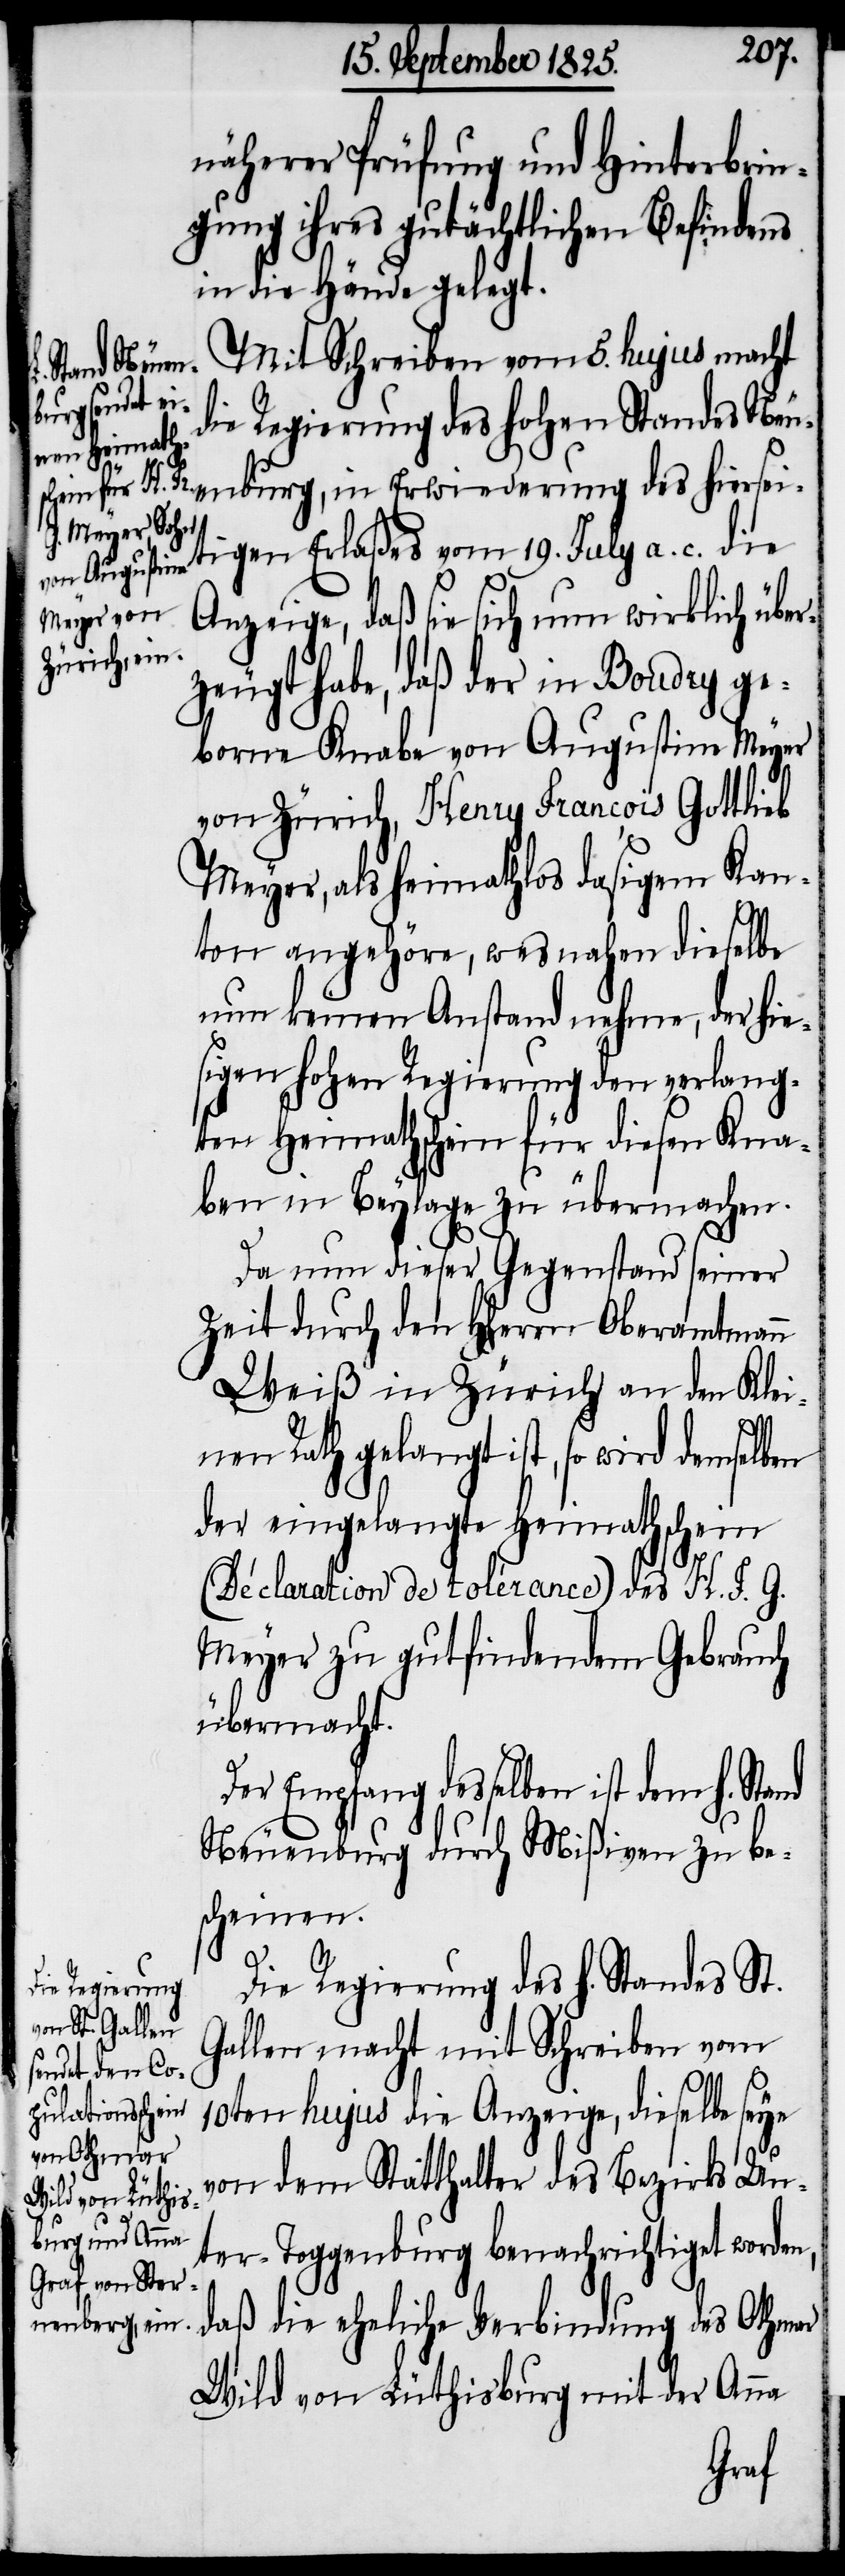
näherer Prüfung und Hinterbrin¬
gung ihres gutächtlichen Befindens
in die Hände gelegt.
Mit Schreiben vom 5. hujus macht
die Regierung des hohen Standes Neu¬
enburg, in Erwiederung des hiersei¬
tigen Erlaßes vom 19. July a. c. die
Anzeige, daß sie sich nun wirklich über¬
zeugt habe, daß der in Boudry ge¬
borne Knabe von Augustin Meyer
von Zürich, Henry Francois Gottlieb
Meyer, als heimathlos dasigem Kan¬
ton angehöre, wesnahen dieselbe
nun keinen Anstand nehme, der hie¬
sigen hohen Regierung den verlang¬
ten Heimathschein für diesen Kna¬
ben in Beylage zu übermachen.
Da nun dieser Gegenstand seiner
Zeit durch den Herrn Oberamtmann
Weiß in Zürich an den Klei¬
nen Rath gelangt ist, so wird demselben
der eingelangte Heimathschein
(Déclaration de tolérance) des H. F. G.
Meyer zu gutfindendem Gebrauch
übermacht.
Der Empfang desselben ist dem h. Stand
Neuenburg durch Mißiven zu be¬
scheinen.
Die Regierung des h. Standes St.
Gallen macht mit Schreiben vom
10ten hujus die Anzeige, dieselbe seye
von dem Statthalter des Bezirks Un¬
ter-Toggenburg benachrichtiget worden,
daß die eheliche Verbindung des Othmar
Wild von Lüthisburg mit der Anna